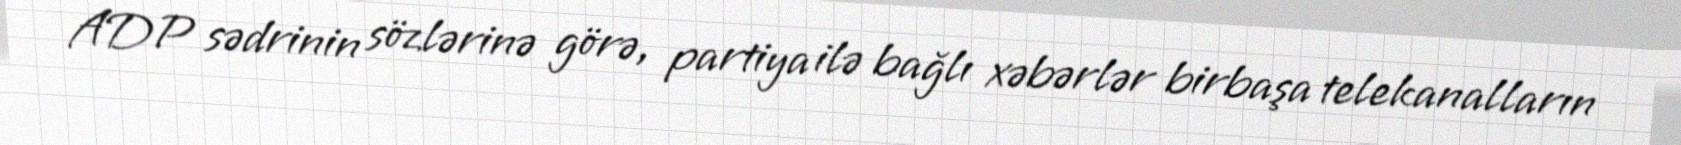
ADP sədrinin sözlərinə görə, partiya ilə bağlı xəbərlər birbaşa telekanalların